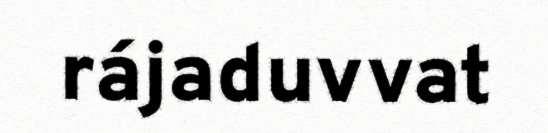
rájaduvvat